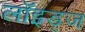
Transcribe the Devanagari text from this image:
लॉइड्ज